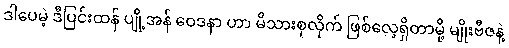
ဒါပေမဲ့ ဒီပြင်းထန် ပျို့အန် ဝေဒနာ ဟာ မိသားစုလိုက် ဖြစ်လေ့ရှိတာမို့ မျိုးဗီဇနဲ့